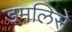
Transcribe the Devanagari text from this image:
डमलिसे